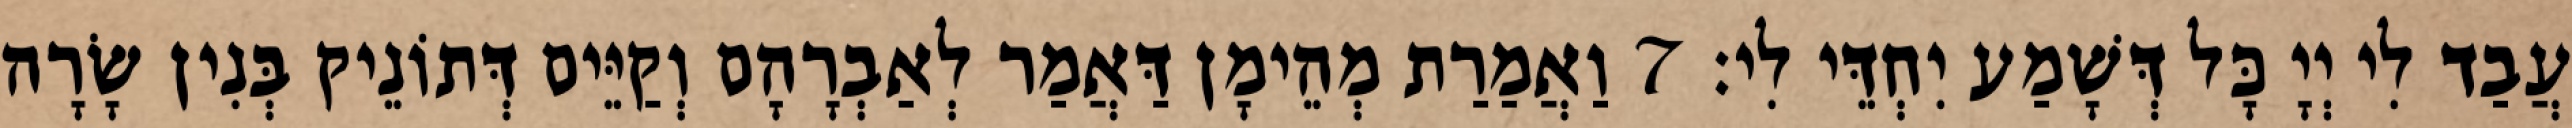
עֲבַד לִי יְיָ כָּל דְּשָׁמַע יִחְדֵּי לִי׃ 7 וַאֲמַרַת מְהֵימָן דַּאֲמַר לְאַבְרָהָם וְקַיֵּים דְּתוֹנֵיק בְּנִין שָׂרָה